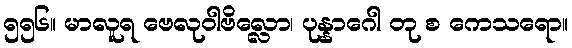
၅၅၆။ မာလူရ ဗေလုဝါဗိလ္လော၊ ပုန္နာဂေါ တု စ ကေသရော။